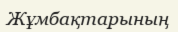
Жұмбақтарының